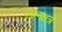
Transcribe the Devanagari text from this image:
२७नक्षत्र